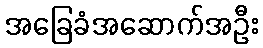
အခြေခံအဆောက်အဦး